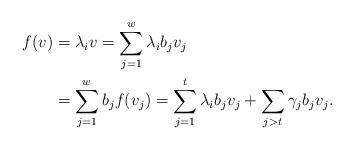
LaTeX: \begin{align*}f(v)&=\lambda_iv=\sum_{j=1}^w\lambda_ib_jv_j\\&=\sum_{j=1}^wb_jf(v_j)=\sum_{j=1}^t\lambda_ib_jv_j+\sum_{j>t}\gamma_jb_jv_j.\end{align*}